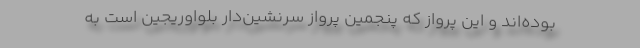
بوده‌اند و این پرواز که پنجمین پرواز سرنشین‌دار بلواوریجین است به